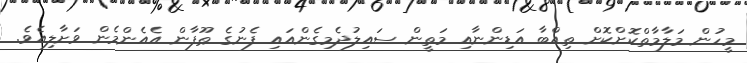
މީހުން މަލާމާތްކޮށްކޮށް ތިއްބާ އަޑިންނާއި މަތީން ސައިލުދެމިގެންއައި ފެނުގެ ޠޫފާން އެއެންމެން ވަށާލިއެވެ.